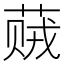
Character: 𬝠